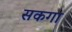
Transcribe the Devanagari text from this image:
सकगा